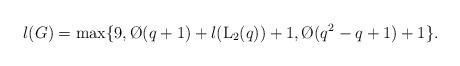
LaTeX: \begin{align*}l(G) = \max\{9,\O(q+1)+l({\rm L}_{2}(q))+1, \O(q^2-q+1)+1\}.\end{align*}